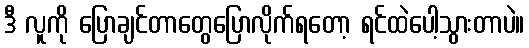
ဒီ လူကို ပြောချင်တာတွေပြောလိုက်ရတော့ ရင်ထဲပေါ့သွားတာပဲ။